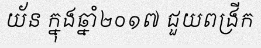
យ័ន ក្នុងឆ្នាំ២០១៧ ជួយពង្រីក